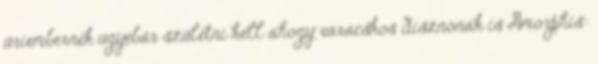
úriembernek ugyebár születni kell ahogy varacskos disznónak is Amorphis: